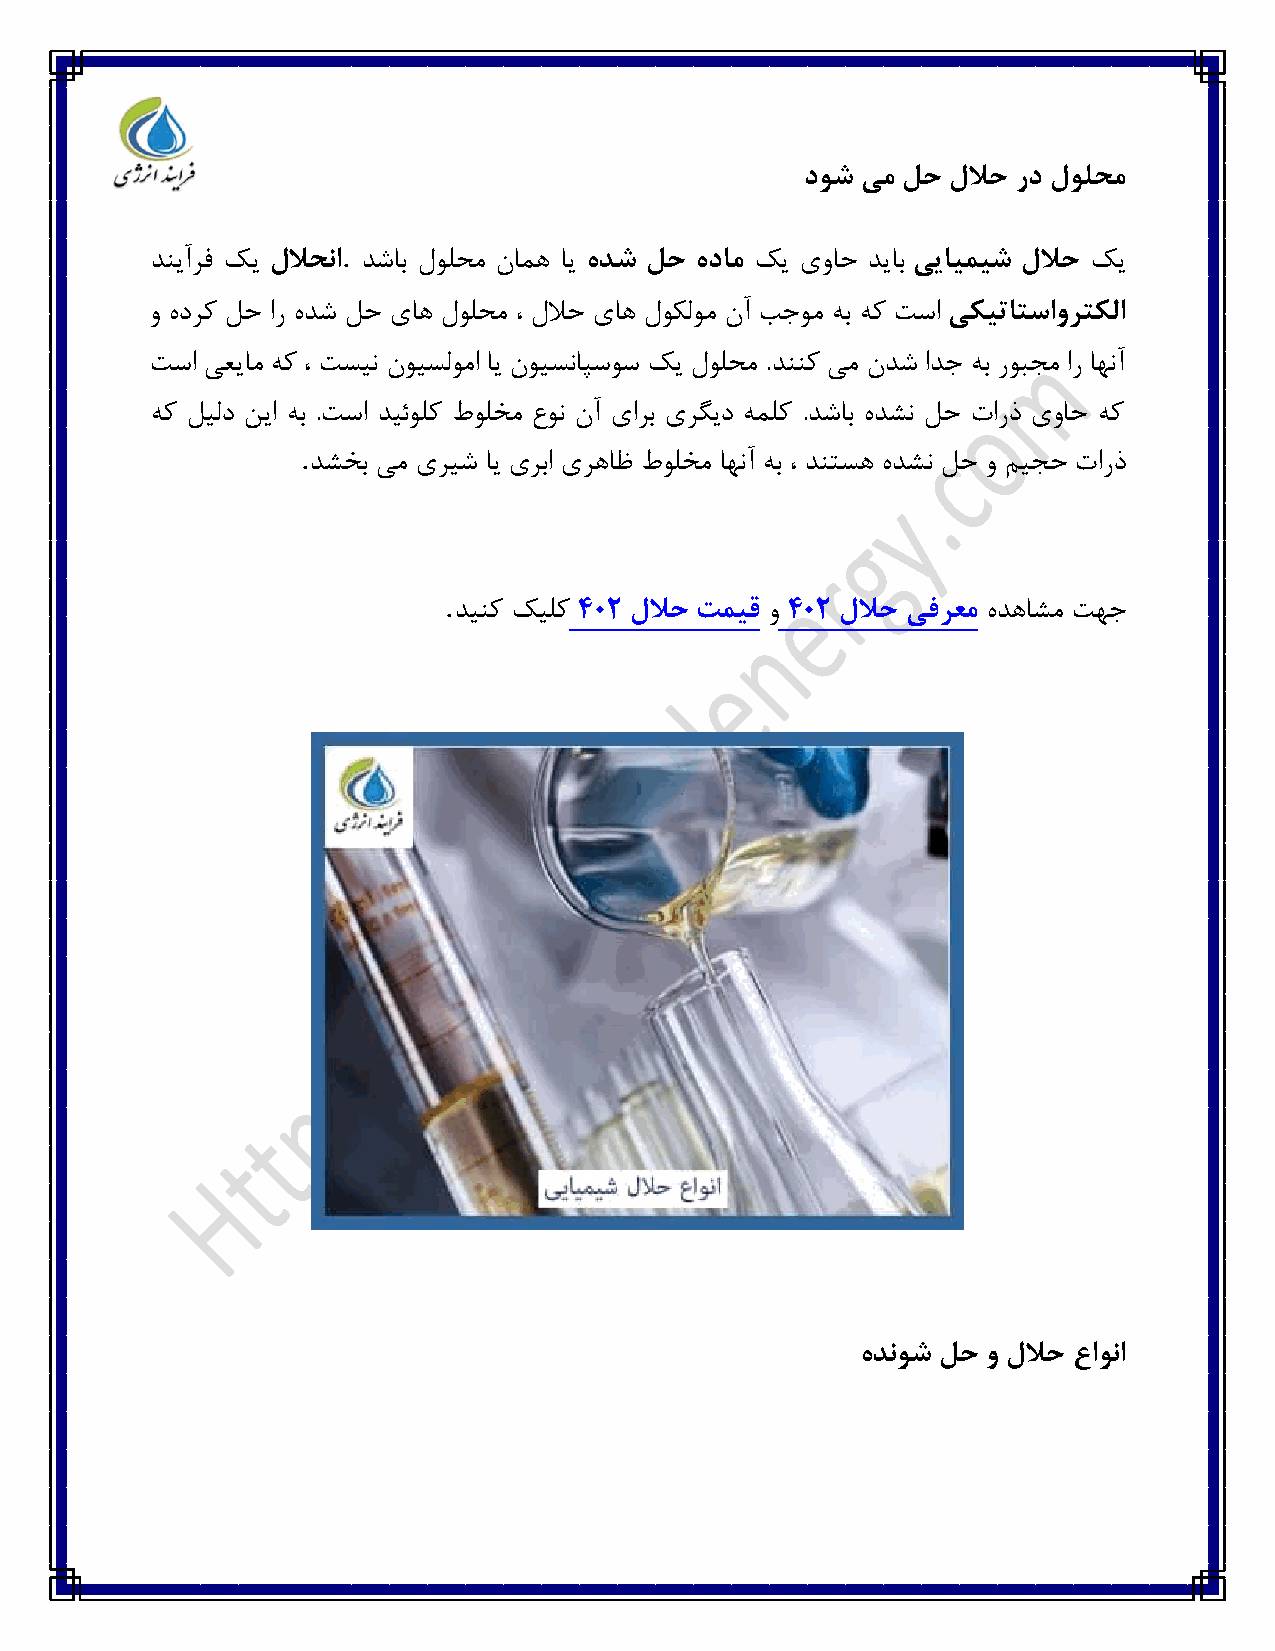
دوش یم لح للاح رد لولحم
 .
 دنیآرف کی للاحنا دشاب لولحم نامه ای هدش لح هدام کی یواح دیاب ییایمیش للاح کی
 و هدرک لح ار هدش لح یاه لولحم ، للاح یاه لوکلوم نآ بجوم هب هک تسا یکیتاتساورتکلا
 تسا یعیام هک ، تسین نویسلوما ای نویسناپسوس کی لولحم .دننک یم ندش ادج هب روبجم ار اهنآ
 هک لیلد نیا هب .تسا دیئولک طولخم عون نآ یارب یرگید هملک .دشاب هدشن لح تارذ یواح هک
 .
 دشخب یم یریش ای یربا یرهاظ طولخم اهنآ هب ، دنتسه هدشن لح و میجح تارذ
 .
 دینک کیلک ۴۰۲ للاح تمیق و ۴۰۲ للاح یفرعم هدهاشم تهج
 هدنوش لح و للاح عاونا